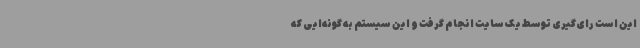
این است رای‌گیری توسط یک سایت انجام گرفت و این سیستم به گونه‌ایی که